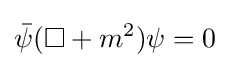
{\bar {\psi }}(\square +m^{2})\psi =0